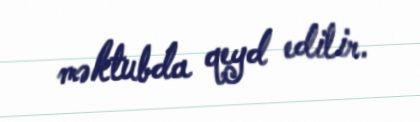
məktubda qeyd edilir.